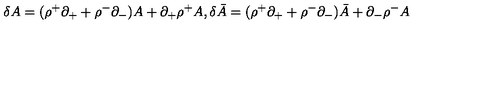
\delta A = ( \rho ^ { + } \partial _ { + } + \rho ^ { - } \partial _ { - } ) A + \partial _ { + } \rho ^ { + } A , \delta \bar { A } = ( \rho ^ { + } \partial _ { + } + \rho ^ { - } \partial _ { - } ) \bar { A } + \partial _ { - } \rho ^ { - } A